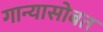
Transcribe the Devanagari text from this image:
गान्यासोबत